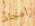
أمجاد